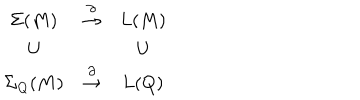
\begin{array} { c c c } { { \Sigma ( M ) } } & { { \stackrel { \partial } { \to } } } & { { L ( M ) } } \\ { { \cup } } & { { } } & { { \cup } } \\ { { \Sigma _ { Q } ( M ) } } & { { \stackrel { \partial } { \to } } } & { { L ( Q ) } } \\ \end{array}